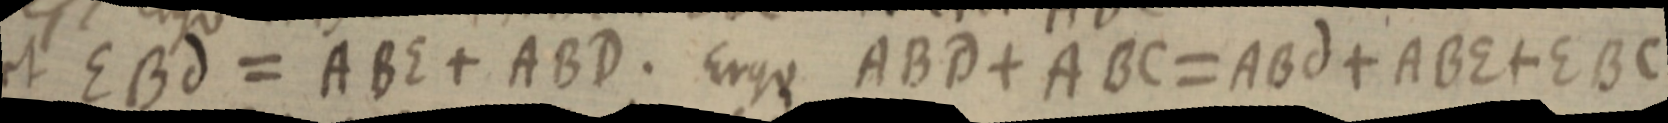
et EBd = ABE + ABD. Ergo ABD + ABC = ABd + ABE + EBC